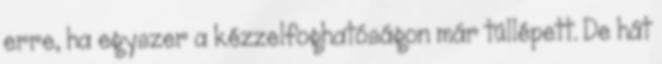
erre, ha egyszer a kézzelfoghatóságon már túllépett. De hát